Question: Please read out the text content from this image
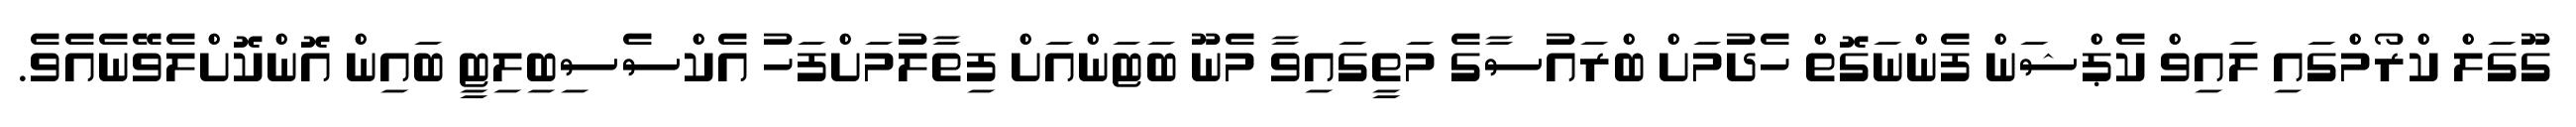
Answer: ގޫގަލް ކްރޯމްގައި ލައިވް ކެޕްޝަން ފެންނަގޮތް ހެދުމަށް ބްރައުސާގެ މަތީގައިވާ މެނޫ ބަޓަންއަށް ފިތާލުމަށްފަހު އެކްސެސިބިލިޓީ ބައިން އޮންކޮށްލެވޭނެއެވެ.